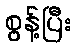
စွန့်ပြီး